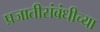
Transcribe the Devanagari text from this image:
प्रजातीसंबंधीच्या